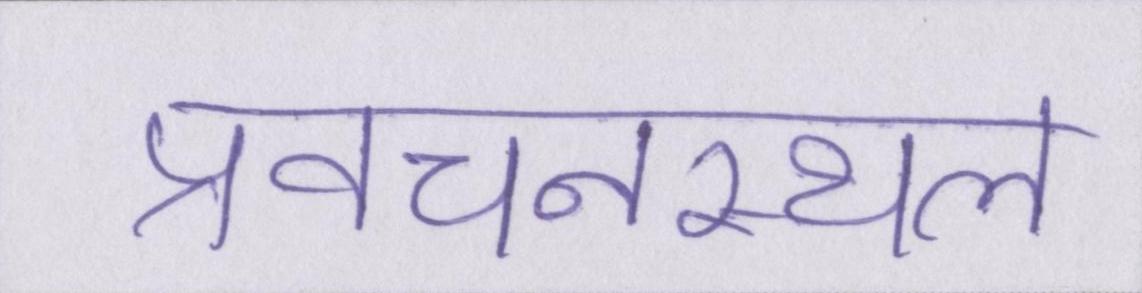
प्रवचनस्थल